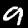
Digit: 9